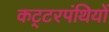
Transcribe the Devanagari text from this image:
कट्‍टरपंथियों